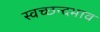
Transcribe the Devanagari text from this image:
स्वच्छन्दभाव